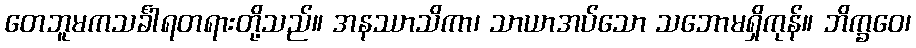
တေဘူမကသင်္ခါရတရားတို့သည်။ အနဿာသိကာ၊ သာယာအပ်သော သဘောမရှိကုန်။ ဘိက္ခဝေ၊